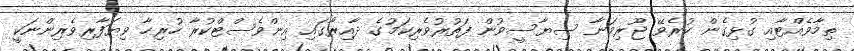
ތިމާވެއްޓާއި ގުޅިގެން ކުރެވޭ ޖޫރިމަނާ ސިޔާސީވުން ފަތުރުވެރިކަމުގެ ދާއިރާގައި އިންވެސްޓްކުރާ ހުރިހާ ވިޔަފާރިވެރިންނަކީ